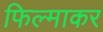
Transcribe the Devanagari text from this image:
फिल्माकर